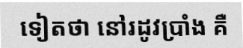
ទៀតថា នៅរដូវប្រាំង គឺ